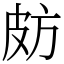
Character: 𣃤